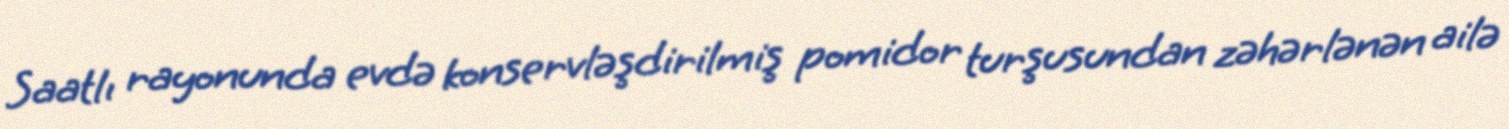
Saatlı rayonunda evdə konservləşdirilmiş pomidor turşusundan zəhərlənən ailə